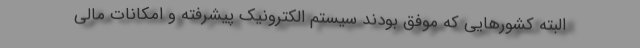
البته کشورهایی که موفق بودند سیستم الکترونیک پیشرفته‌ و امکانات مالی